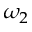
\omega _ { 2 }